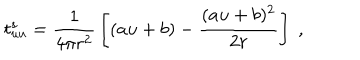
t _ { u u } ^ { s } = { \frac { 1 } { 4 \pi r ^ { 2 } } } \left[ ( a u + b ) - { \frac { ( a u + b ) ^ { 2 } } { 2 r } } \right] \; ,